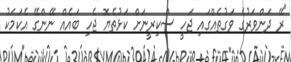
"ރޭ ދަންވަރުގެ ވަގުތެއްގައި ޖަހީ ސްކިރީނަށް ކަޅުތެޔޮ ޖެހި ބައެއް ނޭންގޭ އެކަމަކު